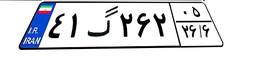
۲۱گ۱۱۲۳۸